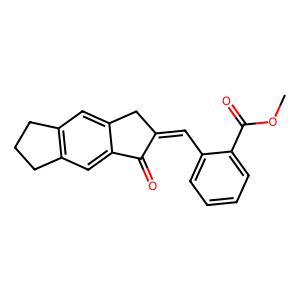
SMILES: COC(=O)c1ccccc1C=C1Cc2cc3c(cc2C1=O)CCC3
Inhibits HIV replication: No